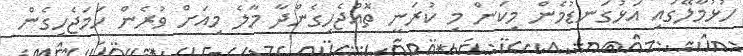
ހުޅުމާލޭގައި އަޅުގަނޑުމެން މިކަން މި ކުރަނީ ތޮއްޖެހިގެންދާ މާލެ މިއަށް ވުރެން ހަމަޖެހިގެން